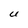
Character: U